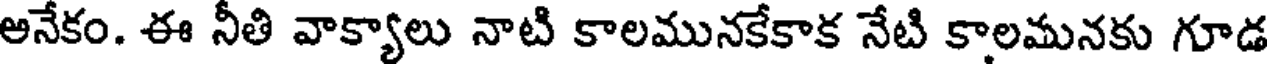
అనేకం. ఈ నీతి వాక్యాలు నాటి కాలమునకేకాక నేటి కాలమనకు గూడ